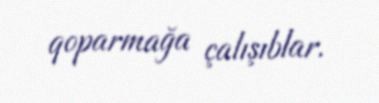
qoparmağa çalışıblar.